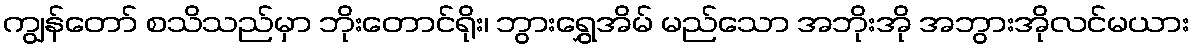
ကျွန်တော် စသိသည်မှာ ဘိုးတောင်ရိုး၊ ဘွားရွှေအိမ် မည်သော အဘိုးအို အဘွားအိုလင်မယား